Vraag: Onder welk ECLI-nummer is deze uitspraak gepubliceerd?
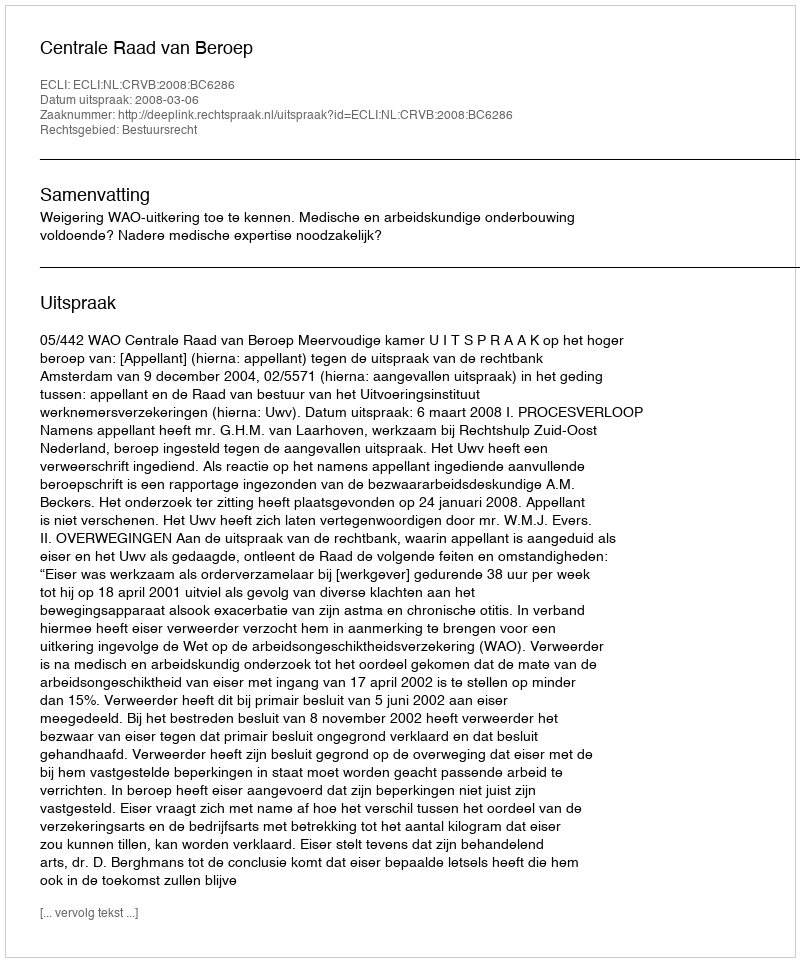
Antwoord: ECLI:NL:CRVB:2008:BC6286